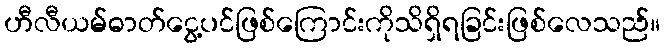
ဟီလီယမ်ဓာတ်ငွေ့ပင်ဖြစ်ကြောင်းကိုသိရှိရခြင်းဖြစ်လေသည်။